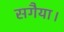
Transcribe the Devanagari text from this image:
सगैया।